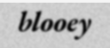
blooey